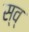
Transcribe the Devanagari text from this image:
स्व्